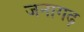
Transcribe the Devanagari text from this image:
जनागढ़